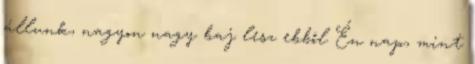
állunk, nagyon nagy baj lesz ebből Én nap, mint